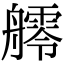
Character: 𦪩